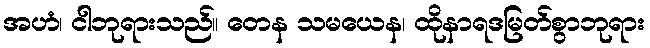
အဟံ၊ ငါဘုရားသည်။ တေန သမယေန၊ ထိုနာရဒမြတ်စွာဘုရား